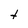
Character: t